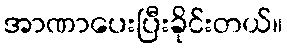
အာဏာပေးပြီးခိုင်းတယ်။